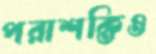
পরাশক্তিও